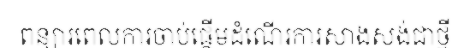
ពន្យារពេលការចាប់ផ្តើមដំណើរការសាងសង់ជាថ្មី